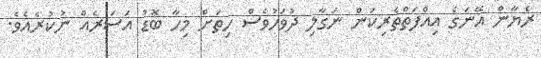
ރެޔާން އޭނަގެ އިއްފަތްތެރިކަން ނަގާލި ދުވަހުވެސް ހިތަށް މިހާ ބޮޑު އަސަރެއް ނުކުރެއެވެ.